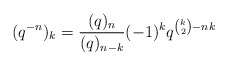
\begin{align*} (q^{-n})_k = \frac{(q)_n}{(q)_{n-k}}(-1)^kq^{\binom{k}{2} - nk}\end{align*}